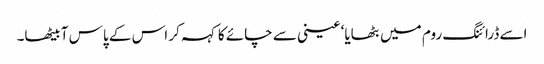
اسے ڈرائنگ روم میں بٹھایا‘ عینی سے چائے کا کہہ کر اس کے پاس آ بیٹھا۔